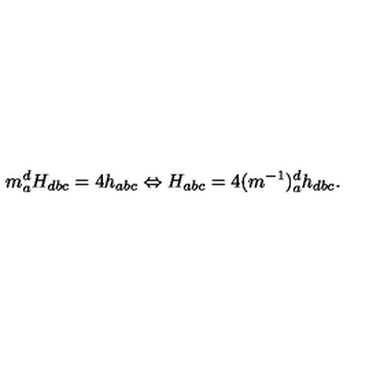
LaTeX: m _ { a } ^ { d } H _ { d b c } = 4 h _ { a b c } \Leftrightarrow H _ { a b c } = 4 ( m ^ { - 1 } ) _ { a } ^ { d } h _ { d b c } .